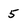
Character: 5